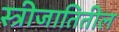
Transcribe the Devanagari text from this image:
स्त्रीजातितील